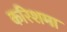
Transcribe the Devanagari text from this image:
करिशमा